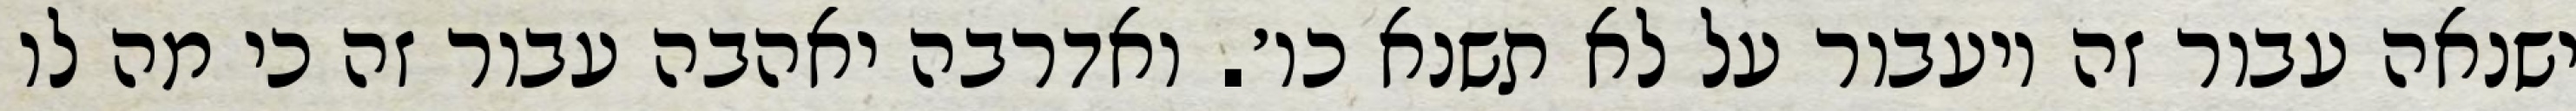
ישנאה עבור זה ויעבור על לא תשנא כו׳. ואדרבה יאהבה עבור זה כי מה לו